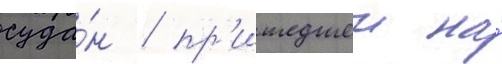
суда́н / пр'ишедшеи на́